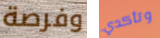
وفرصة وتأكدي